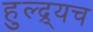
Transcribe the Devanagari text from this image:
हुल्द्र्यच